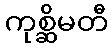
ကုစ္ဆိမတီ